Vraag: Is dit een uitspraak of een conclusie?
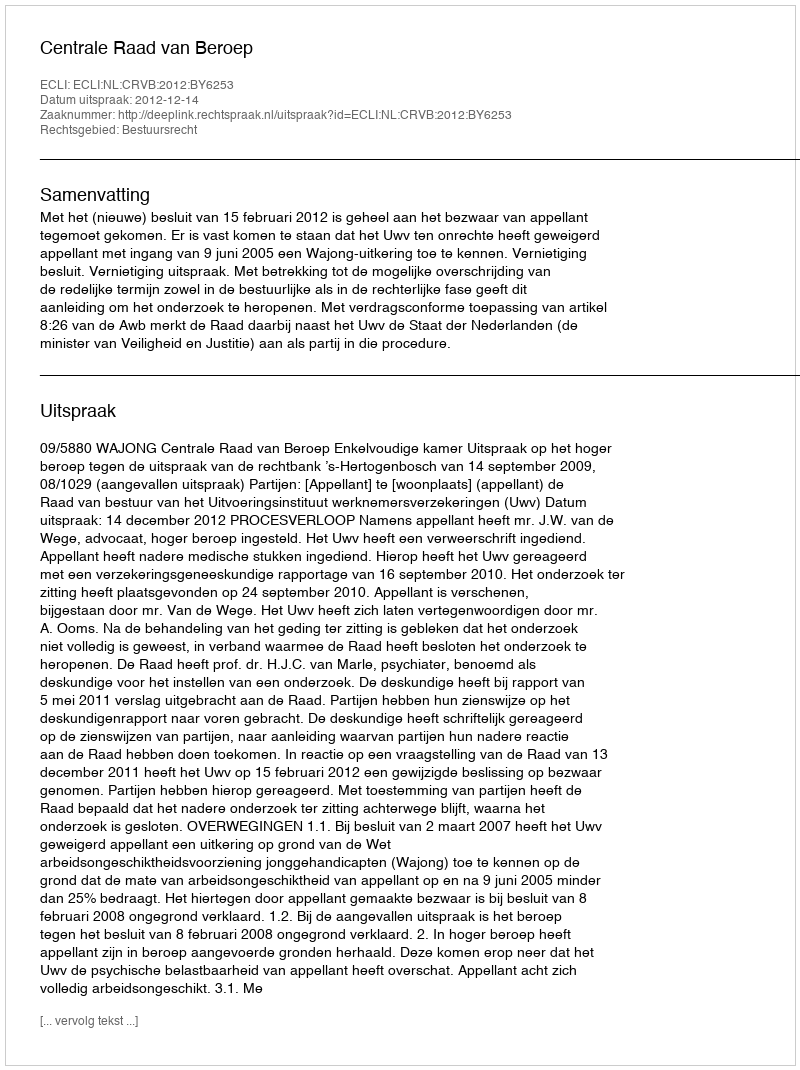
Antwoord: Uitspraak